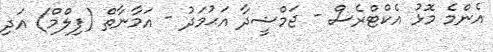
އެންމެ މޮޅު އެކްޓްރެސް - ޖަމްޝީދާ އަޙުމަދު - އަމާނާތް (ފިލްމް) އަދި